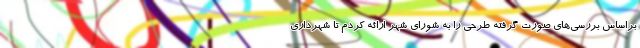
براساس بررسی‌های صورت گرفته طرحی را به شورای شهر ارائه کردم تا شهرداری